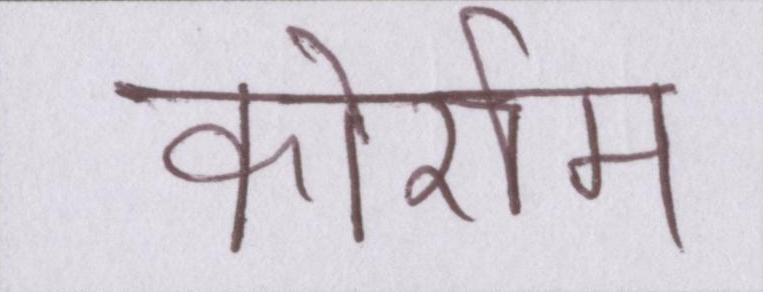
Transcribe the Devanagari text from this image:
कोर्राम